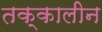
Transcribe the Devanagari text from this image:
तक्कालीन